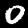
Digit: 0